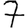
Digit: 7